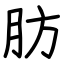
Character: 肪